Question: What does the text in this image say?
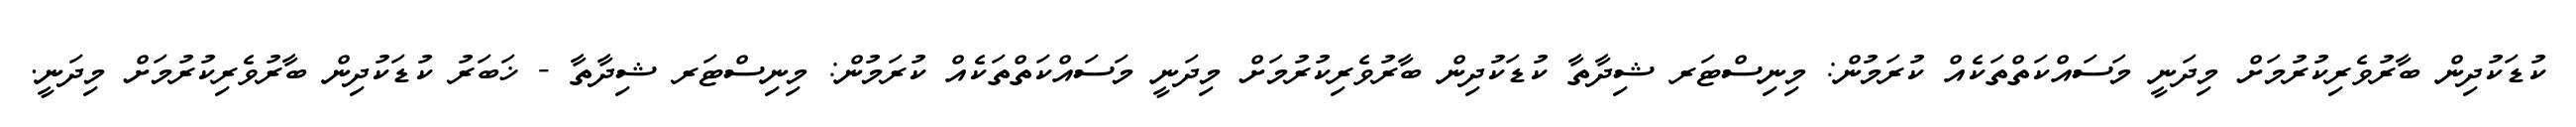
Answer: ކުޑަކުދިން ބާރުވެރިކުރުމަށް މިދަނީ މަސައްކަތްތަކެއް ކުރަމުން: މިނިސްޓަރ ޝިދާތާ ކުޑަކުދިން ބާރުވެރިކުރުމަށް މިދަނީ މަސައްކަތްތަކެއް ކުރަމުން: މިނިސްޓަރ ޝިދާތާ - ޚަބަރު ކުޑަކުދިން ބާރުވެރިކުރުމަށް މިދަނީ.